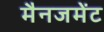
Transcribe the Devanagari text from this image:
मैनजमेंट